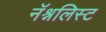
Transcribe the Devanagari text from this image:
नॅश्नलिस्ट